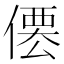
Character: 𠍍